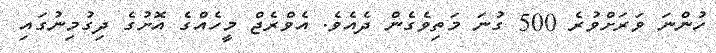
ހުންނަ ވަރަށްވުރެ 500 ގުނަ މަތިވެގެން ދެއެވެ. އެވްރެޖް މީހެއްގެ އޮށުގެ ދިގުމިނުގައި